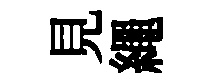
見繩